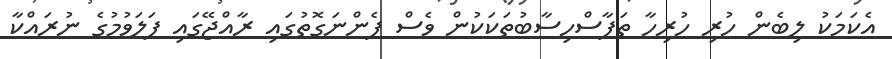
އެކަމަކު ލިބެން ހުރި ހުރިހާ ތަފާސްހިސާބުތަކަކުން ވެސް ފެންނަގޮތުގައި ރާއްޖޭގައި ފަލަވުމުގެ ނުރައްކާ